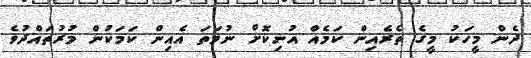
ދެން މީހަކު މީގެ ތެރެއިން ކަމެއް އުނިކޮށް ނުވަތަ އެއިން ކަމަކުން މުރުތައްދުވެ